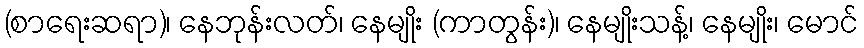
(စာရေးဆရာ)၊ နေဘုန်းလတ်၊ နေမျိုး (ကာတွန်း)၊ နေမျိုးသန့်၊ နေမျိုး၊ မောင်